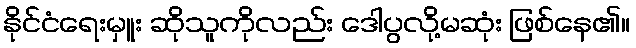
နိုင်ငံရေးမှူး ဆိုသူကိုလည်း ဒေါပွလို့မဆုံး ဖြစ်နေ၏။